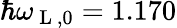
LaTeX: \hbar\omega_{\mathrm{~L~},0}=1.170